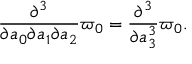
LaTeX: \frac { \partial ^ { 3 } } { \partial a _ { 0 } \partial a _ { 1 } \partial a _ { 2 } } \varpi _ { 0 } = \frac { \partial ^ { 3 } } { \partial a _ { 3 } ^ { 3 } } \varpi _ { 0 } .